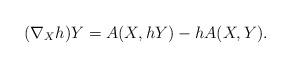
LaTeX: \begin{align*} (\nabla_Xh)Y=A(X,hY)-hA(X,Y).\end{align*}